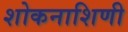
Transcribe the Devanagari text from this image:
शोकनाशिणी